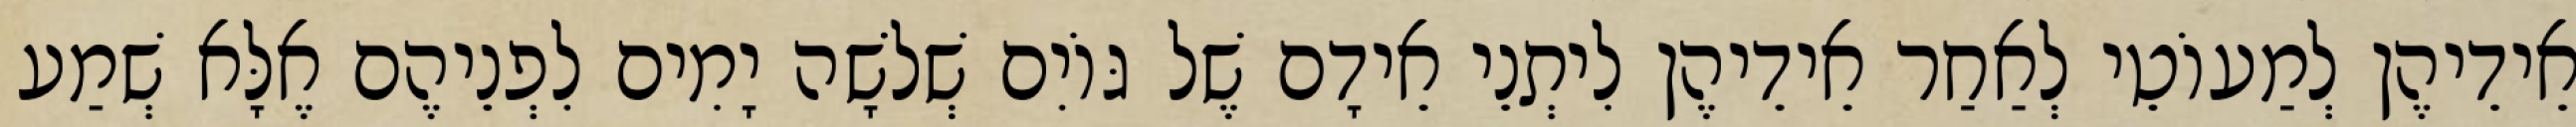
אֵידֵיהֶן לְמַעוֹטֵי לְאַחַר אֵידֵיהֶן לִיתְנֵי אֵידָם שֶׁל גּוֹיִם שְׁלֹשָׁה יָמִים לִפְנֵיהֶם אֶלָּא שְׁמַע